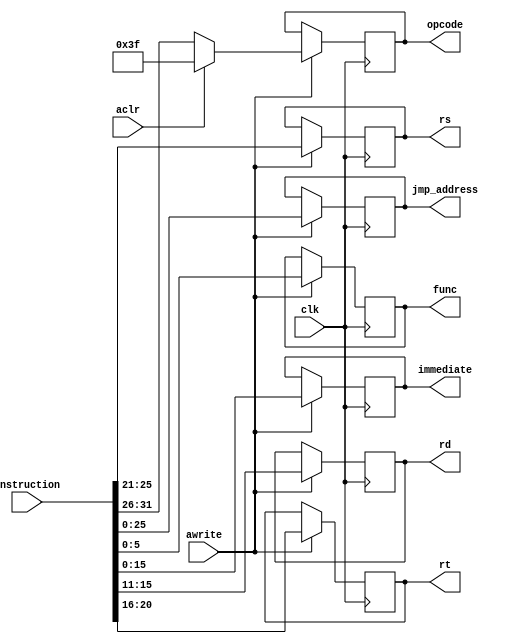
`timescale 1ns/1ns
module IF_ID(
  output reg [25:0] jmp_address,
	output reg [5:0] opcode,
	output reg [4:0] rs, rt, rd,
	output reg [15:0] immediate,
	output reg [5:0] func,
	input [31:0] instruction,
	input awrite, aclr, clk
	);
	always@(posedge clk)begin
		if(awrite)begin
		  jmp_address <= instruction[25:0];
			if(aclr) opcode <= 6'b111111;
			else opcode <= instruction[31:26];
			rs <= instruction[25:21];	
			rt <= instruction[20:16];
			rd <= instruction[15:11];
			immediate <= instruction[15:0];
			func <= instruction[5:0];	
		end
	end
endmodule